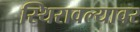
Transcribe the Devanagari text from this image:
स्थिरावल्यावर